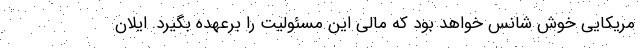
مریکایی خوش شانس خواهد بود که مالی این مسئولیت را برعهده بگیرد. ایلان